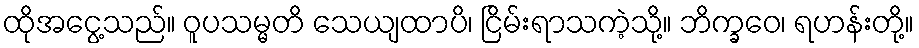
ထိုအငွေ့သည်။ ဝူပသမ္မတိ သေယျထာပိ၊ ငြိမ်းရာသကဲ့သို့။ ဘိက္ခဝေ၊ ရဟန်းတို့။